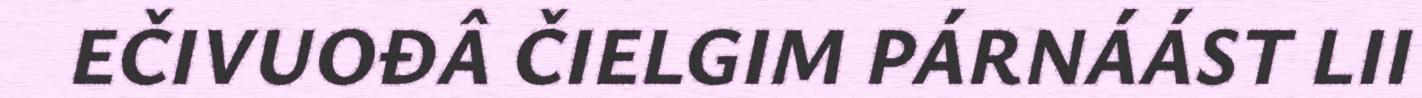
EČIVUOĐÂ ČIELGIM PÁRNÁÁST LII